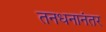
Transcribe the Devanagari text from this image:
तनधनानंतर